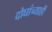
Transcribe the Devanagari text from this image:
दोघांच्‍याही